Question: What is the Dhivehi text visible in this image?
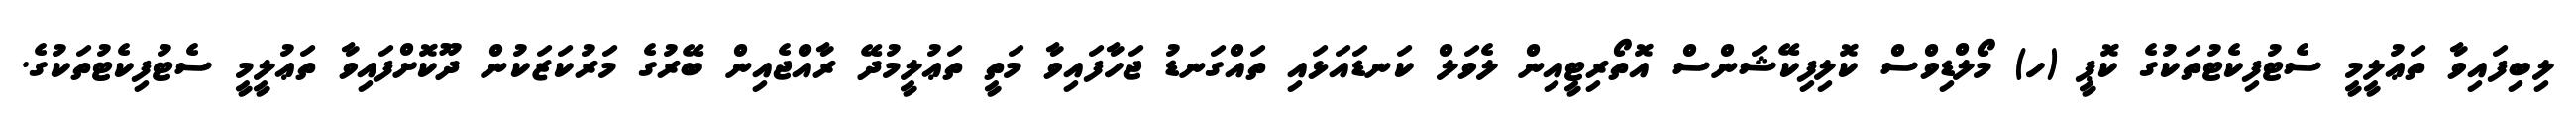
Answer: ލިބިފައިވާ ތަޢުލީމީ ސެޓުފިކެޓުތަކުގެ ކޮޕީ (ހ) މޯލްޑިވްސް ކޮލިފިކޭޝަންސް އޮތޯރިޓީއިން ލެވަލް ކަނޑައަޅައި ތައްގަނޑު ޖަހާފައިވާ މަތީ ތަޢުލީމުދޭ ރާއްޖެއިން ބޭރުގެ މަރުކަޒަކުން ދޫކޮށްފައިވާ ތަޢުލީމީ ސެޓުފިކެޓުތަކުގެ.